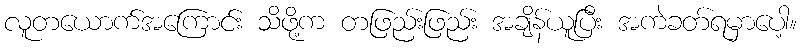
လူတယောက်အကြောင်း သိဖို့က တဖြည်းဖြည်း အချိန်ယူပြီး အကဲခတ်ရမှာပေါ့။